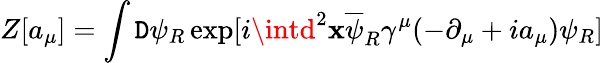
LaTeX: Z[a_{\mu}]=\int\mathtt{D}\psi_{R}\exp[i\intd^{2}\mathbf{x}\overline{{{{\psi}}}}_{R}\gamma^{\mu}(-\partial_{\mu}+ia_{\mu})\psi_{R}]